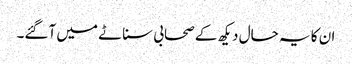
ان کا یہ حال دیکھ کے صحابی سناٹے میں آگئے۔